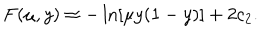
LaTeX: F ( \mu , y ) \approx - \ln [ \mu y ( 1 - y ) ] + 2 c _ { 2 } .